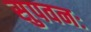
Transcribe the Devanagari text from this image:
सुपवनः